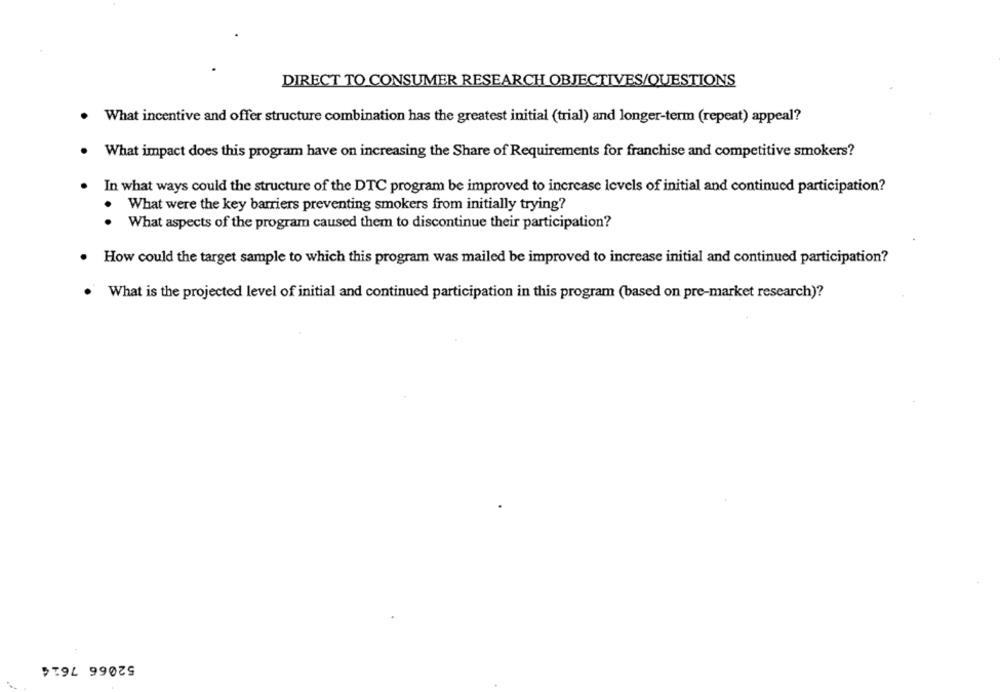
DIRECT TO CONSUMER RESEARCH OBJECTIVES/QUESTIONS
What incentive and offer structure combination has the greatest initial (trial) and longer-term (repeat) appeal?
What impact does this program have on increasing the Share of Requirements for franchise and competitive smokers?
.
In what ways could the structure of the DTC program be improved to increase levels of initial and continued participation?
What were the key barriers preventing smokers from initially trying?
. What aspects of the program caused them to discontinue their participation?
How could the target sample to which this program was mailed be improved to increase initial and continued participation?
What is the projected level of initial and continued participation in this program (based on pre-market research)?
52066 7614